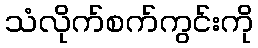
သံလိုက်စက်ကွင်းကို